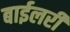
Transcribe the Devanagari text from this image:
बाईलरी